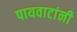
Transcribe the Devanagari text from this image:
पायवाटांनी